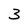
Character: 3